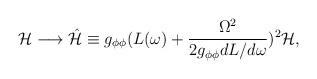
LaTeX: \begin{align*}{\cal H}\longrightarrow\hat{{\cal H}}\equiv g_{\phi\phi}(L(\omega)+\frac{\Omega^2}{2g_{\phi\phi}dL/d\omega})^2 {\cal H},\end{align*}